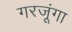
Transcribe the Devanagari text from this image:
गरजूंगा